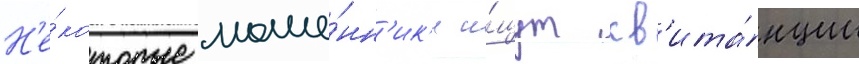
Н'е́которые моше́нн'ик'и и́щут кв'ита́нции